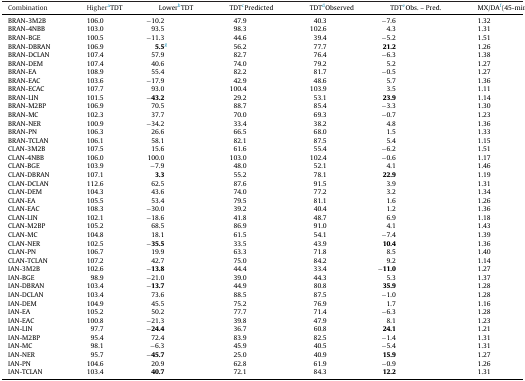
<table><thead><tr><td><b>Combination</b></td><td><b>HigheraTDT</b></td><td><b>LowerbTDT</b></td><td><b>TDTcPredicted</b></td><td><b>TDTdObserved</b></td><td><b>TDTeObs. – Pred.</b></td><td><b>MX/DAf(45-min)</b></td></tr></thead><tbody><tr><td>BRAN-3M2B</td><td>106.0</td><td>−10.2</td><td>47.9</td><td>40.3</td><td>−7.6</td><td>1.32</td></tr><tr><td>BRAN-4NBB</td><td>103.0</td><td>93.5</td><td>98.3</td><td>102.6</td><td>4.3</td><td>1.31</td></tr><tr><td>BRAN-BGE</td><td>100.5</td><td>−11.3</td><td>44.6</td><td>39.4</td><td>−5.2</td><td>1.51</td></tr><tr><td>BRAN-DBRAN</td><td>106.9</td><td><b>5.5</b>g</td><td>56.2</td><td>77.7</td><td><b>21.2</b></td><td>1.26</td></tr><tr><td>BRAN-DCLAN</td><td>107.4</td><td>57.9</td><td>82.7</td><td>76.4</td><td>−6.3</td><td>1.38</td></tr><tr><td>BRAN-DEM</td><td>107.4</td><td>40.6</td><td>74.0</td><td>79.2</td><td>5.2</td><td>1.27</td></tr><tr><td>BRAN-EA</td><td>108.9</td><td>55.4</td><td>82.2</td><td>81.7</td><td>−0.5</td><td>1.27</td></tr><tr><td>BRAN-EAC</td><td>103.6</td><td>−17.9</td><td>42.9</td><td>48.6</td><td>5.7</td><td>1.36</td></tr><tr><td>BRAN-ECAC</td><td>107.7</td><td>93.0</td><td>100.4</td><td>103.9</td><td>3.5</td><td>1.11</td></tr><tr><td>BRAN-LIN</td><td>101.5</td><td><b>−43.2</b></td><td>29.2</td><td>53.1</td><td><b>23.9</b></td><td>1.14</td></tr><tr><td>BRAN-M2BP</td><td>106.9</td><td>70.5</td><td>88.7</td><td>85.4</td><td>−3.3</td><td>1.30</td></tr><tr><td>BRAN-MC</td><td>102.3</td><td>37.7</td><td>70.0</td><td>69.3</td><td>−0.7</td><td>1.23</td></tr><tr><td>BRAN-NER</td><td>100.9</td><td>−34.2</td><td>33.4</td><td>38.2</td><td>4.8</td><td>1.36</td></tr><tr><td>BRAN-PN</td><td>106.3</td><td>26.6</td><td>66.5</td><td>68.0</td><td>1.5</td><td>1.33</td></tr><tr><td>BRAN-TCLAN</td><td>106.1</td><td>58.1</td><td>82.1</td><td>87.5</td><td>5.4</td><td>1.15</td></tr><tr><td>CLAN-3M2B</td><td>107.5</td><td>15.6</td><td>61.6</td><td>55.4</td><td>−6.2</td><td>1.51</td></tr><tr><td>CLAN-4NBB</td><td>106.0</td><td>100.0</td><td>103.0</td><td>102.4</td><td>−0.6</td><td>1.17</td></tr><tr><td>CLAN-BGE</td><td>103.9</td><td>−7.9</td><td>48.0</td><td>52.1</td><td>4.1</td><td>1.46</td></tr><tr><td>CLAN-DBRAN</td><td>107.1</td><td><b>3.3</b></td><td>55.2</td><td>78.1</td><td><b>22.9</b></td><td>1.19</td></tr><tr><td>CLAN-DCLAN</td><td>112.6</td><td>62.5</td><td>87.6</td><td>91.5</td><td>3.9</td><td>1.31</td></tr><tr><td>CLAN-DEM</td><td>104.3</td><td>43.6</td><td>74.0</td><td>77.2</td><td>3.2</td><td>1.34</td></tr><tr><td>CLAN-EA</td><td>105.5</td><td>53.4</td><td>79.5</td><td>81.1</td><td>1.6</td><td>1.26</td></tr><tr><td>CLAN-EAC</td><td>108.3</td><td>−30.0</td><td>39.2</td><td>40.4</td><td>1.2</td><td>1.36</td></tr><tr><td>CLAN-LIN</td><td>102.1</td><td>−18.6</td><td>41.8</td><td>48.7</td><td>6.9</td><td>1.18</td></tr><tr><td>CLAN-M2BP</td><td>105.2</td><td>68.5</td><td>86.9</td><td>91.0</td><td>4.1</td><td>1.43</td></tr><tr><td>CLAN-MC</td><td>104.8</td><td>18.1</td><td>61.5</td><td>54.1</td><td>−7.4</td><td>1.39</td></tr><tr><td>CLAN-NER</td><td>102.5</td><td><b>−35.5</b></td><td>33.5</td><td>43.9</td><td><b>10.4</b></td><td>1.36</td></tr><tr><td>CLAN-PN</td><td>106.7</td><td>19.9</td><td>63.3</td><td>71.8</td><td>8.5</td><td>1.40</td></tr><tr><td>CLAN-TCLAN</td><td>107.2</td><td>42.7</td><td>75.0</td><td>84.2</td><td>9.2</td><td>1.14</td></tr><tr><td>IAN-3M2B</td><td>102.6</td><td><b>−13.8</b></td><td>44.4</td><td>33.4</td><td><b>−11.0</b></td><td>1.27</td></tr><tr><td>IAN-BGE</td><td>98.9</td><td>−21.0</td><td>39.0</td><td>44.3</td><td>5.3</td><td>1.37</td></tr><tr><td>IAN-DBRAN</td><td>103.4</td><td><b>−13.7</b></td><td>44.9</td><td>80.8</td><td><b>35.9</b></td><td>1.28</td></tr><tr><td>IAN-DCLAN</td><td>103.4</td><td>73.6</td><td>88.5</td><td>87.5</td><td>−1.0</td><td>1.28</td></tr><tr><td>IAN-DEM</td><td>104.9</td><td>45.5</td><td>75.2</td><td>76.9</td><td>1.7</td><td>1.16</td></tr><tr><td>IAN-EA</td><td>105.2</td><td>50.2</td><td>77.7</td><td>71.4</td><td>−6.3</td><td>1.28</td></tr><tr><td>IAN-EAC</td><td>100.8</td><td>−21.3</td><td>39.8</td><td>47.9</td><td>8.1</td><td>1.23</td></tr><tr><td>IAN-LIN</td><td>97.7</td><td><b>−24.4</b></td><td>36.7</td><td>60.8</td><td><b>24.1</b></td><td>1.21</td></tr><tr><td>IAN-M2BP</td><td>95.4</td><td>72.4</td><td>83.9</td><td>82.5</td><td>−1.4</td><td>1.31</td></tr><tr><td>IAN-MC</td><td>98.1</td><td>−6.3</td><td>45.9</td><td>40.5</td><td>−5.4</td><td>1.31</td></tr><tr><td>IAN-NER</td><td>95.7</td><td><b>−45.7</b></td><td>25.0</td><td>40.9</td><td><b>15.9</b></td><td>1.27</td></tr><tr><td>IAN-PN</td><td>104.6</td><td>20.9</td><td>62.8</td><td>61.9</td><td>−0.9</td><td>1.26</td></tr><tr><td>IAN-TCLAN</td><td>103.4</td><td><b>40.7</b></td><td>72.1</td><td>84.3</td><td><b>12.2</b></td><td>1.31</td></tr></tbody></table>